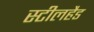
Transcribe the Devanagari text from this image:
स्टीलहैड